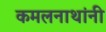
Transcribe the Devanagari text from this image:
कमलनाथांनी